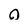
Character: o